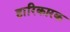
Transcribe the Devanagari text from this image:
हारिकारक